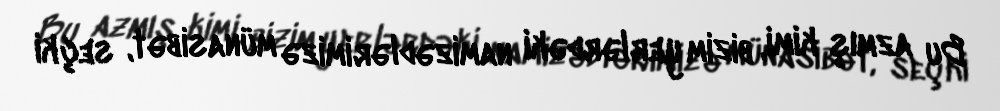
Bu azmış kimi, bizim yerlərdəki namizədlərimizə münasibət, seçki